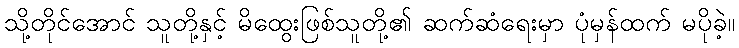
သို့တိုင်အောင် သူတို့နှင့် မိထွေးဖြစ်သူတို့၏ ဆက်ဆံရေးမှာ ပုံမှန်ထက် မပိုခဲ့။